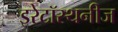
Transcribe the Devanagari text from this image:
इरेटॉस्थनीज